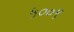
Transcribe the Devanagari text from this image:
५००९